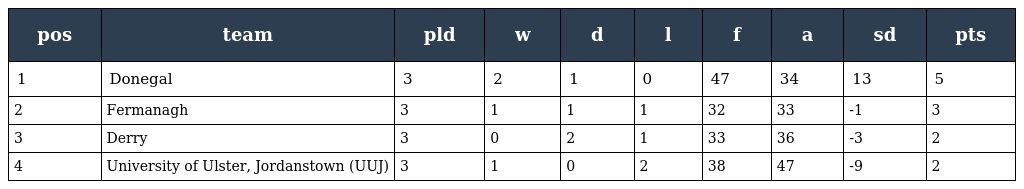
| pos | team | pld | w | d | l | f | a | sd | pts |
 | --- | --- | --- | --- | --- | --- | --- | --- | --- | --- |
 | 1 | Donegal | 3 | 2 | 1 | 0 | 47 | 34 | 13 | 5 |
 | 2 | Fermanagh | 3 | 1 | 1 | 1 | 32 | 33 | -1 | 3 |
 | 3 | Derry | 3 | 0 | 2 | 1 | 33 | 36 | -3 | 2 |
 | 4 | University of Ulster, Jordanstown (UUJ) | 3 | 1 | 0 | 2 | 38 | 47 | -9 | 2 |